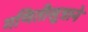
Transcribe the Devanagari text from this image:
गणितीसूत्राने